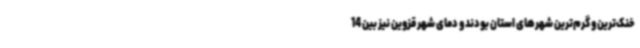
خنک‌ترین و گرم‌ترین شهرهای استان بودند و دمای شهر قزوین نیز بین 14